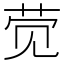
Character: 𲁖